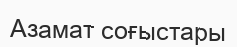
Азамат соғыстары